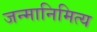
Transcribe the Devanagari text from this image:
जन्मानिमित्य